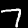
Label: 7